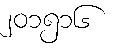
၂၀၁၅၁၆